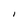
Character: l